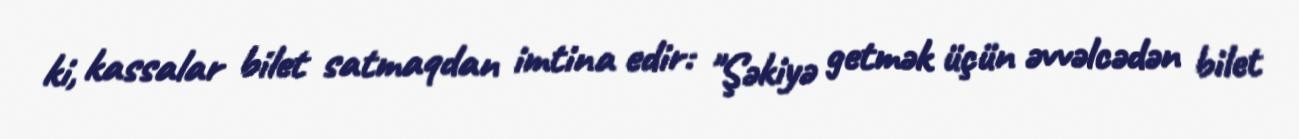
ki, kassalar bilet satmaqdan imtina edir: "Şəkiyə getmək üçün əvvəlcədən bilet